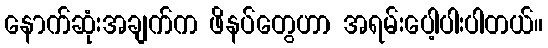
နောက်ဆုံးအချက်က ဖိနပ်တွေဟာ အရမ်းပေါ့ပါးပါတယ်။